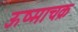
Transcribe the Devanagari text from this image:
ऊष्माचक्र